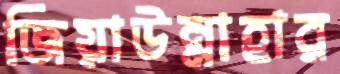
জিয়াউন্নাহার